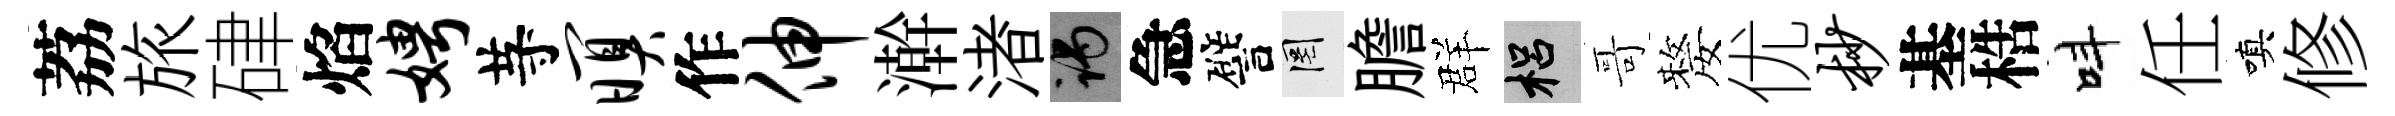
荔旅硉焰娉䒭暝作伸澣渚谒急譬罔膽群梠哥嫠优杪基梏呌任嗔修